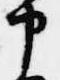
申